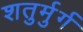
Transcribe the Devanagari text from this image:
शतुर्मुर्ग